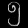
Digit: ၅